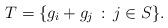
LaTeX: \begin{align*}T=\{g_i+g_j\,:\,j\in S\}.\end{align*}